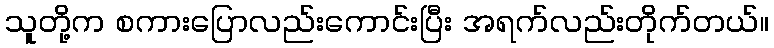
သူတို့က စကားပြောလည်းကောင်းပြီး အရက်လည်းတိုက်တယ်။